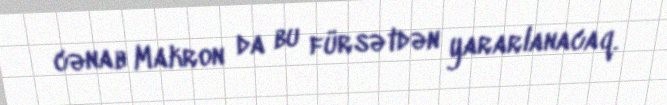
cənab Makron da bu fürsətdən yararlanacaq.